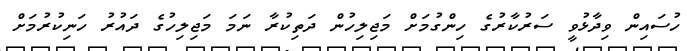
ހުސައިން ވިދާޅުވީ ސަރުކާރުގެ ހިންގުމަށް މަޖިލިހުން ދަތިކުރާ ނަމަ މަޖިލިހުގެ ދައުރު ހަނިކުރުމަށް